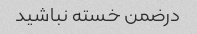
درضمن خسته نباشید